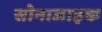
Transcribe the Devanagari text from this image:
सोनाजाइक